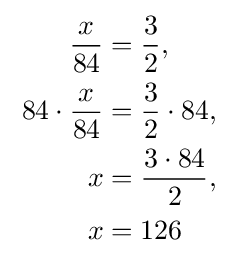
{\begin{aligned}\qquad {\frac {x}{84}}&={\frac {3}{2}},\\{84}\cdot {\frac {x}{84}}&={\frac {3}{2}}\cdot {84},\\\qquad {x}&={\frac {3\cdot 84}{2}},\\\qquad {x}&={126}\\\end{aligned}}